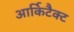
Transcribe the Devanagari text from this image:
आर्किटैक्ट